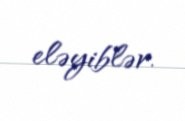
eləyiblər.